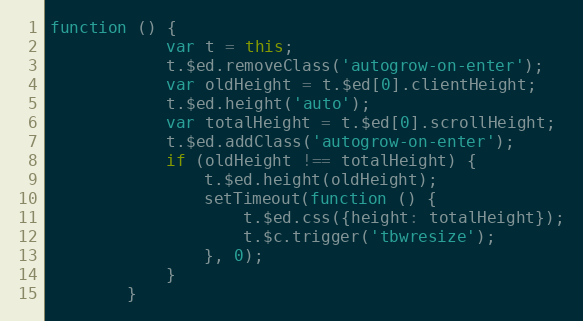
Language: JavaScript
function () {
            var t = this;
            t.$ed.removeClass('autogrow-on-enter');
            var oldHeight = t.$ed[0].clientHeight;
            t.$ed.height('auto');
            var totalHeight = t.$ed[0].scrollHeight;
            t.$ed.addClass('autogrow-on-enter');
            if (oldHeight !== totalHeight) {
                t.$ed.height(oldHeight);
                setTimeout(function () {
                    t.$ed.css({height: totalHeight});
                    t.$c.trigger('tbwresize');
                }, 0);
            }
        }